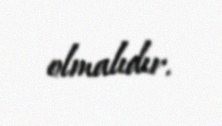
olmalıdır.